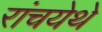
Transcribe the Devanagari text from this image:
रांचयेथे